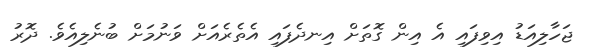
ޖަހާލިއަޑު އިވިފައި އެ އިން ގޮތަށް އިނދެފައި އެތެރެއަށް ވަނުމަށް ބުނެލިއެވެ. ދޮރު